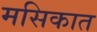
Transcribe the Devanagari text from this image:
मसिकात